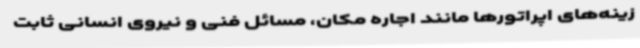
زینه‌های اپراتورها مانند اجاره مکان، مسائل فنی و نیروی انسانی ثابت